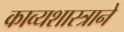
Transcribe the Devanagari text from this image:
काव्यशास्त्राने